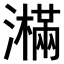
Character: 𤂉